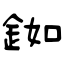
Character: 銣